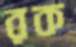
রক